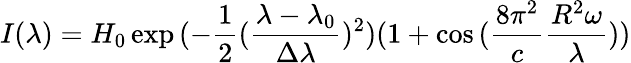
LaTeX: I(\lambda)=H_{0}\exp{(-\frac{1}{2}(\frac{\lambda-\lambda_{0}}{\Delta\lambda})^{2})}(1+\cos{(\frac{8\pi^{2}}{c}\frac{R^{2}\omega}{\lambda})})